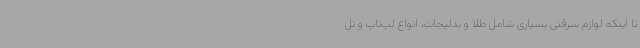
تا اینکه لوازم سرقتی بسیاری شامل طلا و بدلیجات، انواع لپ‌تاپ و تل